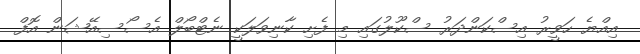
އިއްޔެ ހަވީރު އިސްކަންދަރު ސްކޫލުގައި މި ފެށި ކާނިވަލަކީ ނެޓްބޯލް އެސޯސިއޭޝަން އޮފް